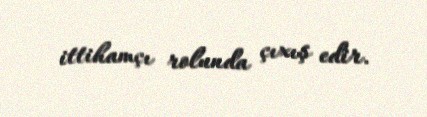
ittihamçı rolunda çıxış edir.